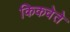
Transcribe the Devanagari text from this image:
किकवेते